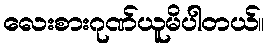
လေးစားဂုဏ်ယူမိပါတယ်။